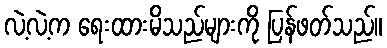
လဲ့လဲ့က ရေးထားမိသည်များကို ပြန်ဖတ်သည်။